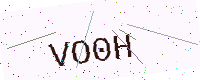
Text: VO0H